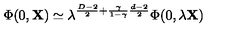
\Phi ( 0 , { \bf X } ) \simeq \lambda ^ { \frac { D - 2 } { 2 } + \frac { \gamma } { 1 - \gamma } \frac { d - 2 } { 2 } } \Phi ( 0 , \lambda { \bf X } )